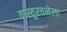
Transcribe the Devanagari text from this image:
वास्तुरचनेला